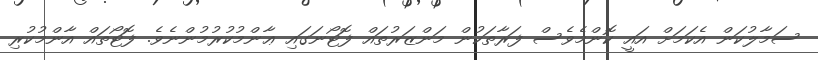
ސަމާލުކަން އެކަމަށް އައީ ކޮންމެވެސް ފަރާތަކުން މަންޒަރުތައް ފޮޓޯނަގައި ޢާންމުކުރުމުންނެވެ. ފޮޓޯތައް އާންމުކުރި